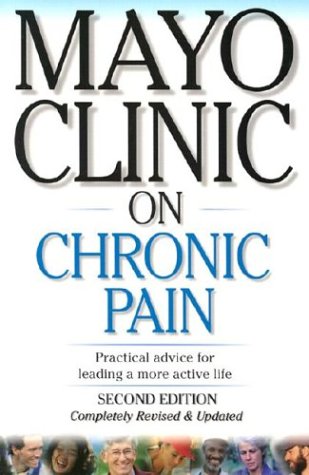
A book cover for Mayo Clinic on Chronic Pain (Mayo Clinic on Health); Health, Fitness & Dieting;